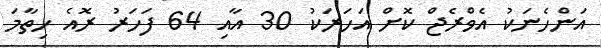
އަންހެނަކު އެވްރެޖް ކޮށް އަހަރަކު 30 އާއި 64 ފަހަރު ރޮއެ ހިތާމަ